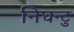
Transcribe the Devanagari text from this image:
निघन्टु